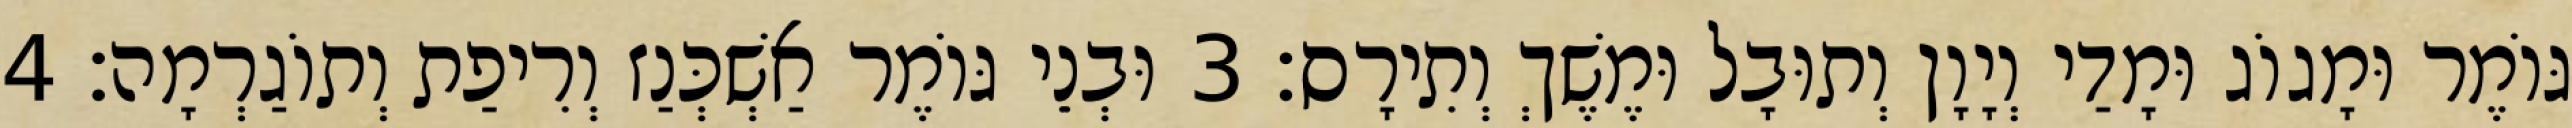
גּוֹמֶר וּמָגוֹג וּמָדַי וְיָוָן וְתוּבָל וּמֶשֶׁךְ וְתִירָס׃ 3 וּבְנֵי גּוֹמֶר אַשְׁכְּנַז וְרִיפַת וְתוֹגַרְמָה׃ 4